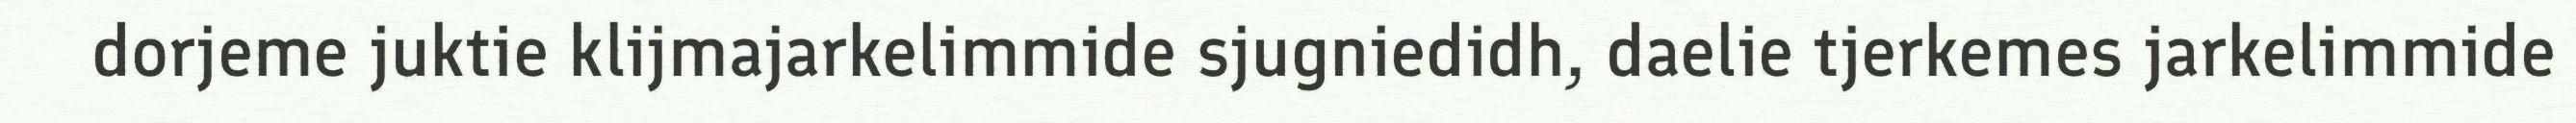
dorjeme juktie klijmajarkelimmide sjugniedidh, daelie tjerkemes jarkelimmide